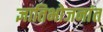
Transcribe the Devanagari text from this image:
ज्ञातिभोजनांत